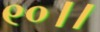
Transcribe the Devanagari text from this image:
९०।।